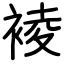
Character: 裬